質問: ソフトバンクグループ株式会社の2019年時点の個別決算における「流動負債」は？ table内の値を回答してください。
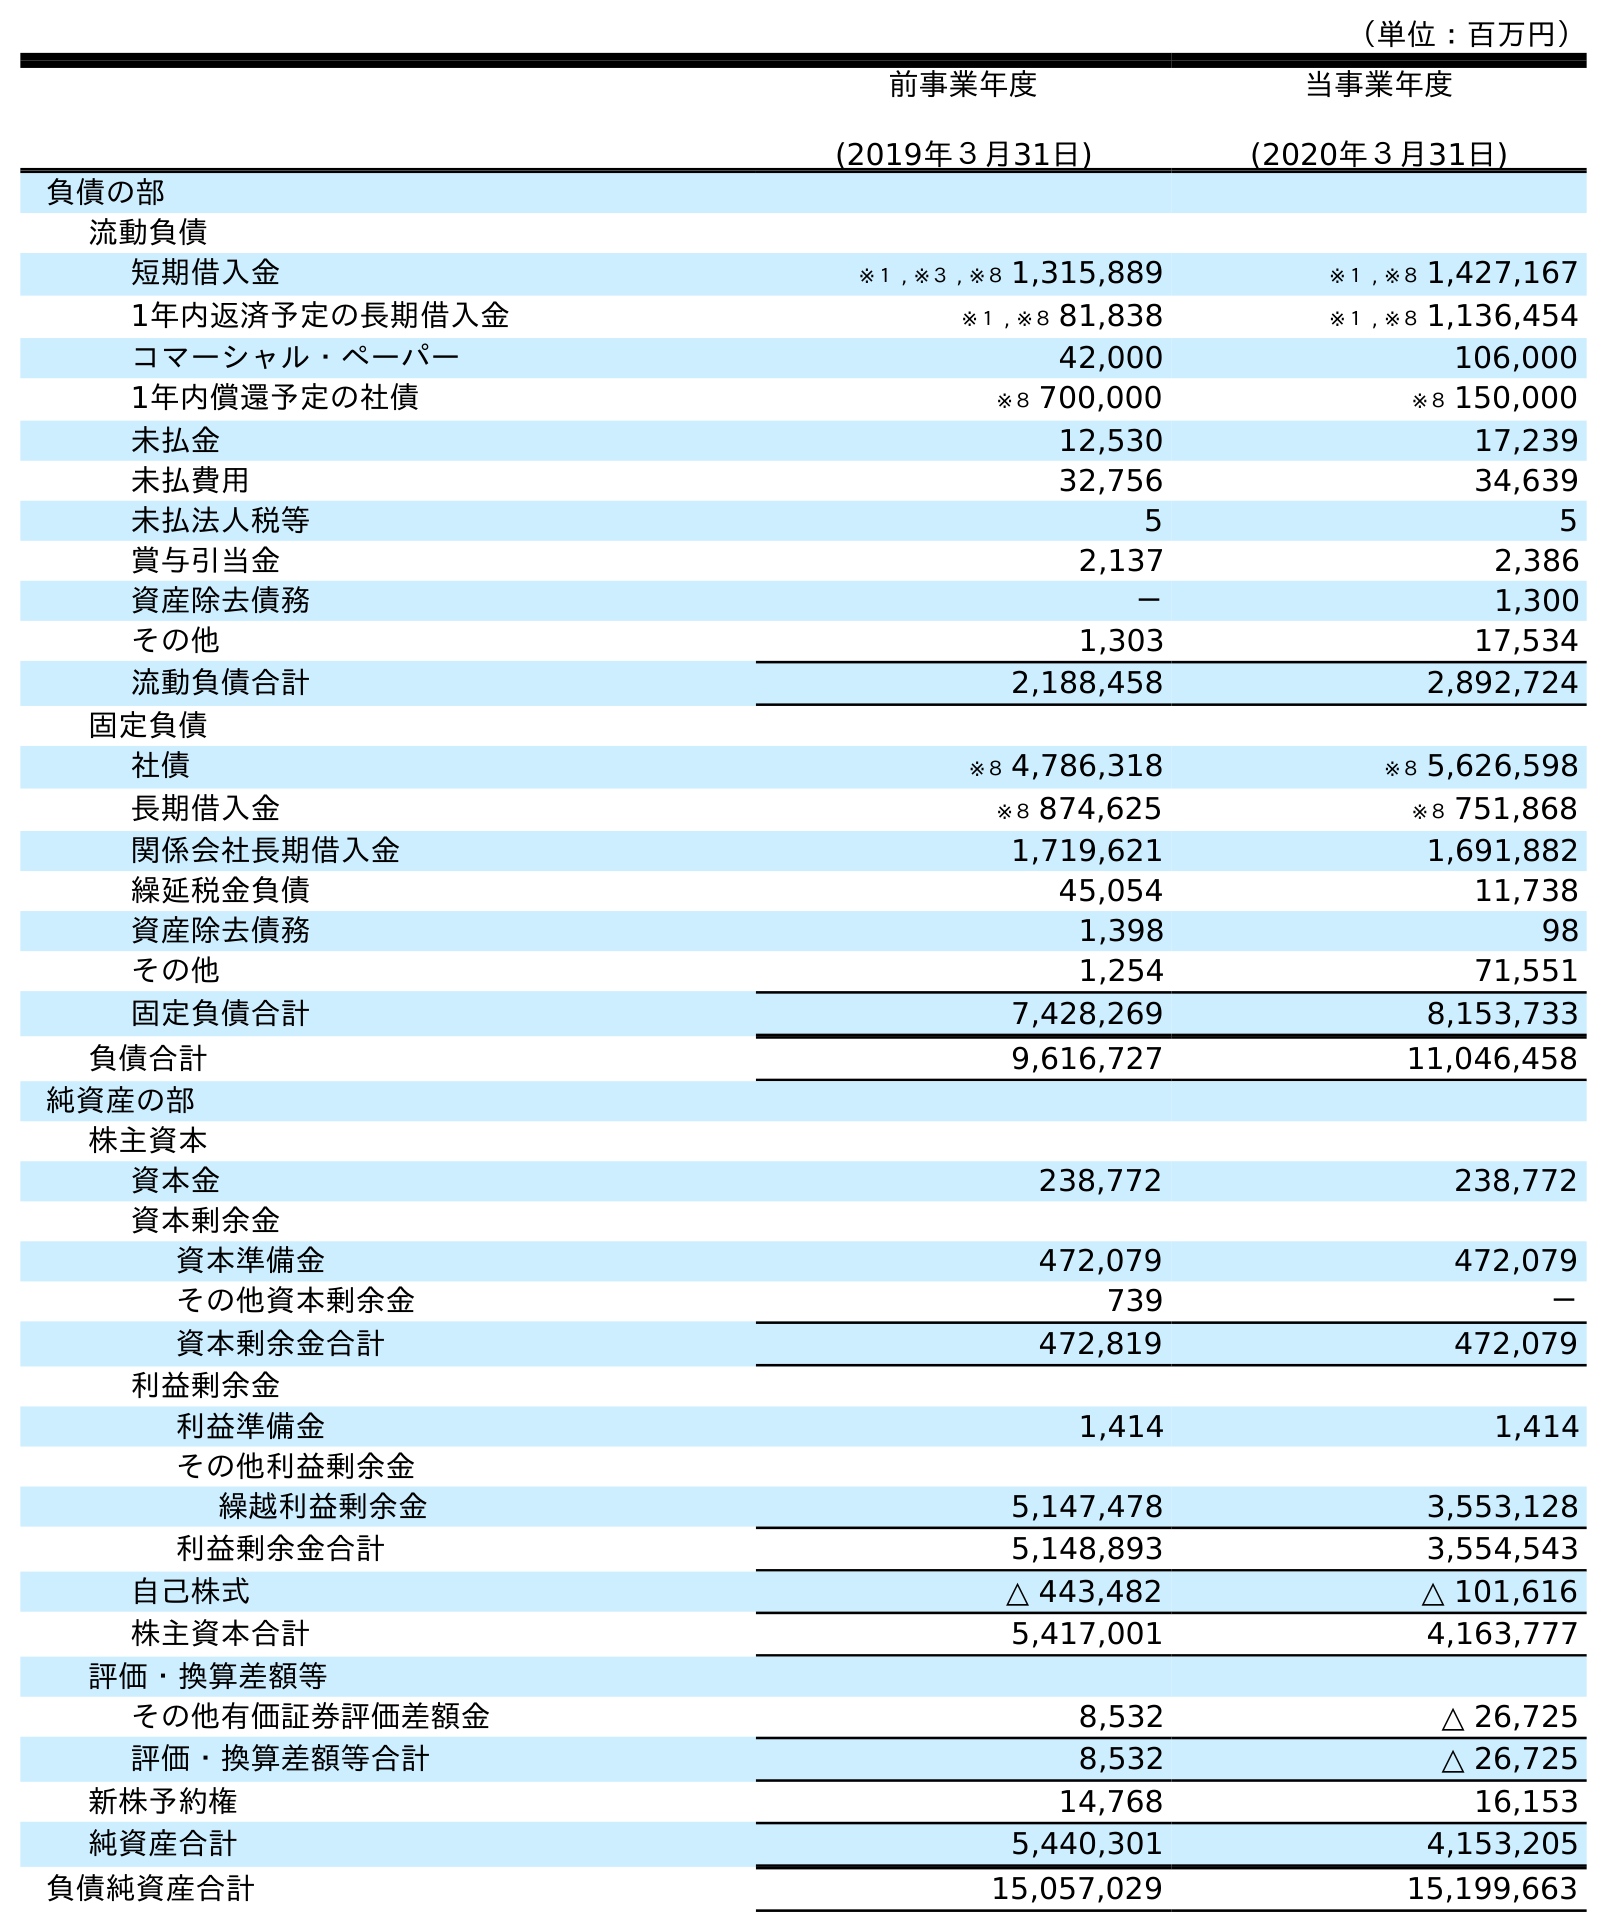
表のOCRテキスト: （単位：百万円） 前事業年度 (2019年３月31日) 当事業年度 (2020年３月31日) 負債の部 流動負債 短期借入金 ※１ , ※３ , ※８ 1,315,889 ※１ , ※８ 1,427,167 1年内返済予定の長期借入金 ※１ , ※８ 81,838 ※１ , ※８ 1,136,454 コマーシャル・ペーパー 42,000 106,000 1年内償還予定の社債 ※８ 700,000 ※８ 150,000 未払金 12,530 17,239 未払費用 32,756 34,639 未払法人税等 5 5 賞与引当金 2,137 2,386 資産除去債務 － 1,300 その他 1,303 17,534 流動負債合計 2,188,458 2,892,724 固定負債 社債 ※８ 4,786,318 ※８ 5,626,598 長期借入金 ※８ 874,625 ※８ 751,868 関係会社長期借入金 1,719,621 1,691,882 繰延税金負債 45,054 11,738 資産除去債務 1,398 98 その他 1,254 71,551 固定負債合計 7,428,269 8,153,733 負債合計 9,616,727 11,046,458 純資産の部 株主資本 資本金 238,772 238,772 資本剰余金 資本準備金 472,079 472,079 その他資本剰余金 739 － 資本剰余金合計 472,819 472,079 利益剰余金 利益準備金 1,414 1,414 その他利益剰余金 繰越利益剰余金 5,147,478 3,553,128 利益剰余金合計 5,148,893 3,554,543 自己株式 △ 443,482 △ 101,616 株主資本合計 5,417,001 4,163,777 評価・換算差額等 その他有価証券評価差額金 8,532 △ 26,725 評価・換算差額等合計 8,532 △ 26,725 新株予約権 14,768 16,153 純資産合計 5,440,301 4,153,205 負債純資産合計 15,057,029 15,199,663
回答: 2,188,458